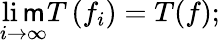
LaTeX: \operatorname*{li\mathsf{m}}_{i\to\infty}T\left(f_{i}\right)=T(f);